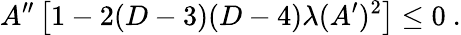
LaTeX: A^{\prime\prime}\left[1-2(D-3)(D-4)\lambda(A^{\prime})^{2}\right]\leq 0~.